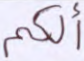
ألكم